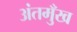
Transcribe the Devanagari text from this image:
अंतमुँख